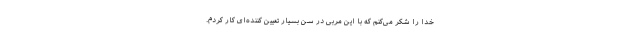
خدا را شکر می‌کنم که با این مربی در سن بسیار تعیین کننده‌ای کار کردم.